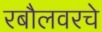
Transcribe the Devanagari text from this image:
रबौलवरचे